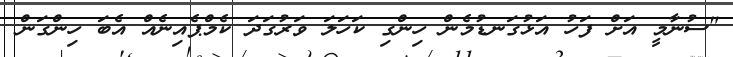
"ސުނާމީ އަށް ފަހު އަޅުގަނޑުމެން ހިންގި ކަހަލަ ވަރުގަދަ ކެމްޕެއިނެއް އެބަ ހިންގަން